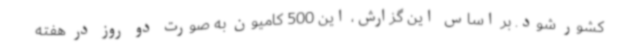
کشور شود. بر اساس این گزارش، این 500 کامیون به صورت دو روز در هفته